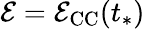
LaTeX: \mathcal{E}=\mathcal{E}_{\mathrm{CC}}(t_{*})